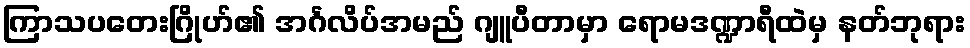
ကြာသပတေးဂြိုဟ်၏ အင်္ဂလိပ်အမည် ဂျူပီတာမှာ ရောမဒဏ္ဍာရီထဲမှ နတ်ဘုရား